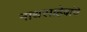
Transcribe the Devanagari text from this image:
नाथसाहेबांचे